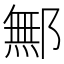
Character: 鄦